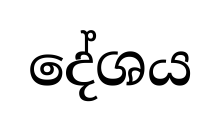
දේශය